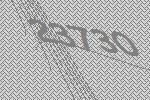
23730